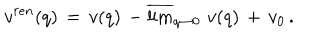
v ^ { r e n } ( q ) \, = \, v ( q ) \, - \overline { { { \lim } } } _ { q \to 0 } \, v ( q ) \, + \, v _ { 0 } \, { . }